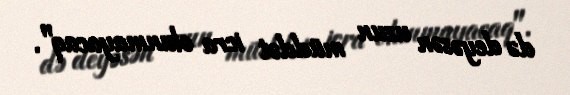
də deyəsən uzun müddət icra olunmayacaq".